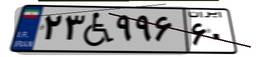
۲۳W۹۹۶۶۰